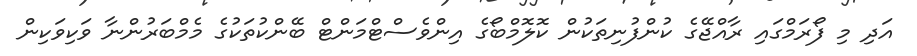
އަދި މި ފޯރަމްގައި ރާއްޖޭގެ ކުންފުނިތަކުން ކޮލޮމްބޯގެ އިންވެސްޓްމަންޓް ބޭންކުތަކުގެ މެމްބަރުންނާ ވަކިވަކިން